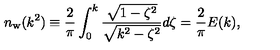
n _ { \mathrm { w } } ( k ^ { 2 } ) \equiv { \frac { 2 } { \pi } } \int _ { 0 } ^ { k } { \frac { \sqrt { 1 - \zeta ^ { 2 } } } { \sqrt { k ^ { 2 } - \zeta ^ { 2 } } } } d \zeta = { \frac { 2 } { \pi } } E ( k ) ,